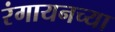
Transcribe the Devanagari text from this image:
रंगायनच्या